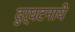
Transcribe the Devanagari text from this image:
दुर्घटनाये